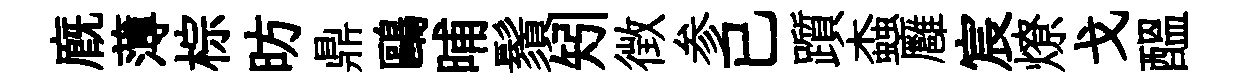
廐薄棕昉鼎鷗晡鬚矧徴参已躓螙廱宸燎戈醖